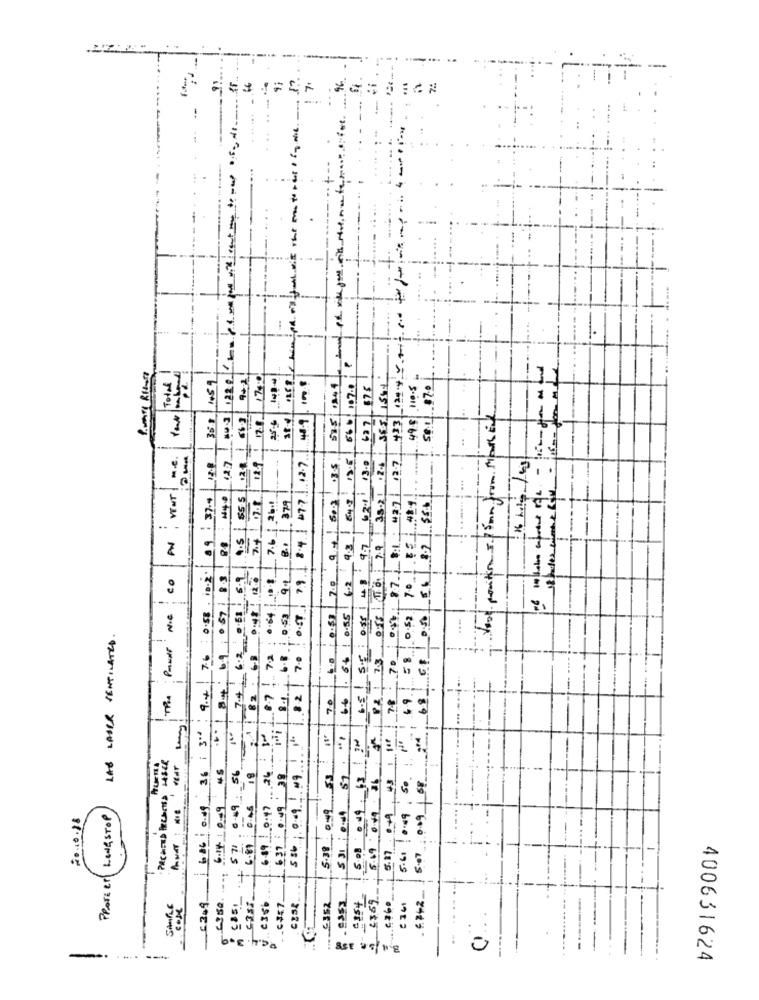
1020 p
Total
1459
17.0
159
5.0.1 870
575
627
365
49.8
Voor position 5.1 Smn from mar En
361
128.
+33
1
VENT M.E.
139
18.5
35.21 .2-4
127
3-4 77.1.12.7
3.5
12.7
...
3
62.11
37.4
H4.º
9.5 | $55
7.6 1 26.
371
42.7
A
..
. .
-
9.3
Z
co
10-2
69 0 57 1 83
12.0
79
5.5 : 0.55 148
97.
7-0 1
-
Pasti NIC
.. 64
OST
0 0:51
0.52
000
LAS LASER VENTILATED .
7.2
7.0
7.3
.70
74
-
6.81
TRA
8.7
70
66
78
49.
68.
686 0.49 36 ; 3"
1-1
6.89 1 0.47 26 : 30
5.08 0 49 63 / 300
Nº
PRCHERD PREACHED LASER
·· 49, 50. 1.
:099 68
45
51
5 71. 6.49 . 56
18
637 : 04938
556 0.09 / 09
PPATE er LONGSTOP
6.14.10-9
6.00 0.46
5.38 049
531 :001
20.10.18
5.17
5:07
-
c3sb
_4$69
SAMPLE
6349
..... 6352
£ 141
no
0
-
-----